65_HS1-834228961_62-HQ-83894_Section_7
Agency: FBI
Page 203
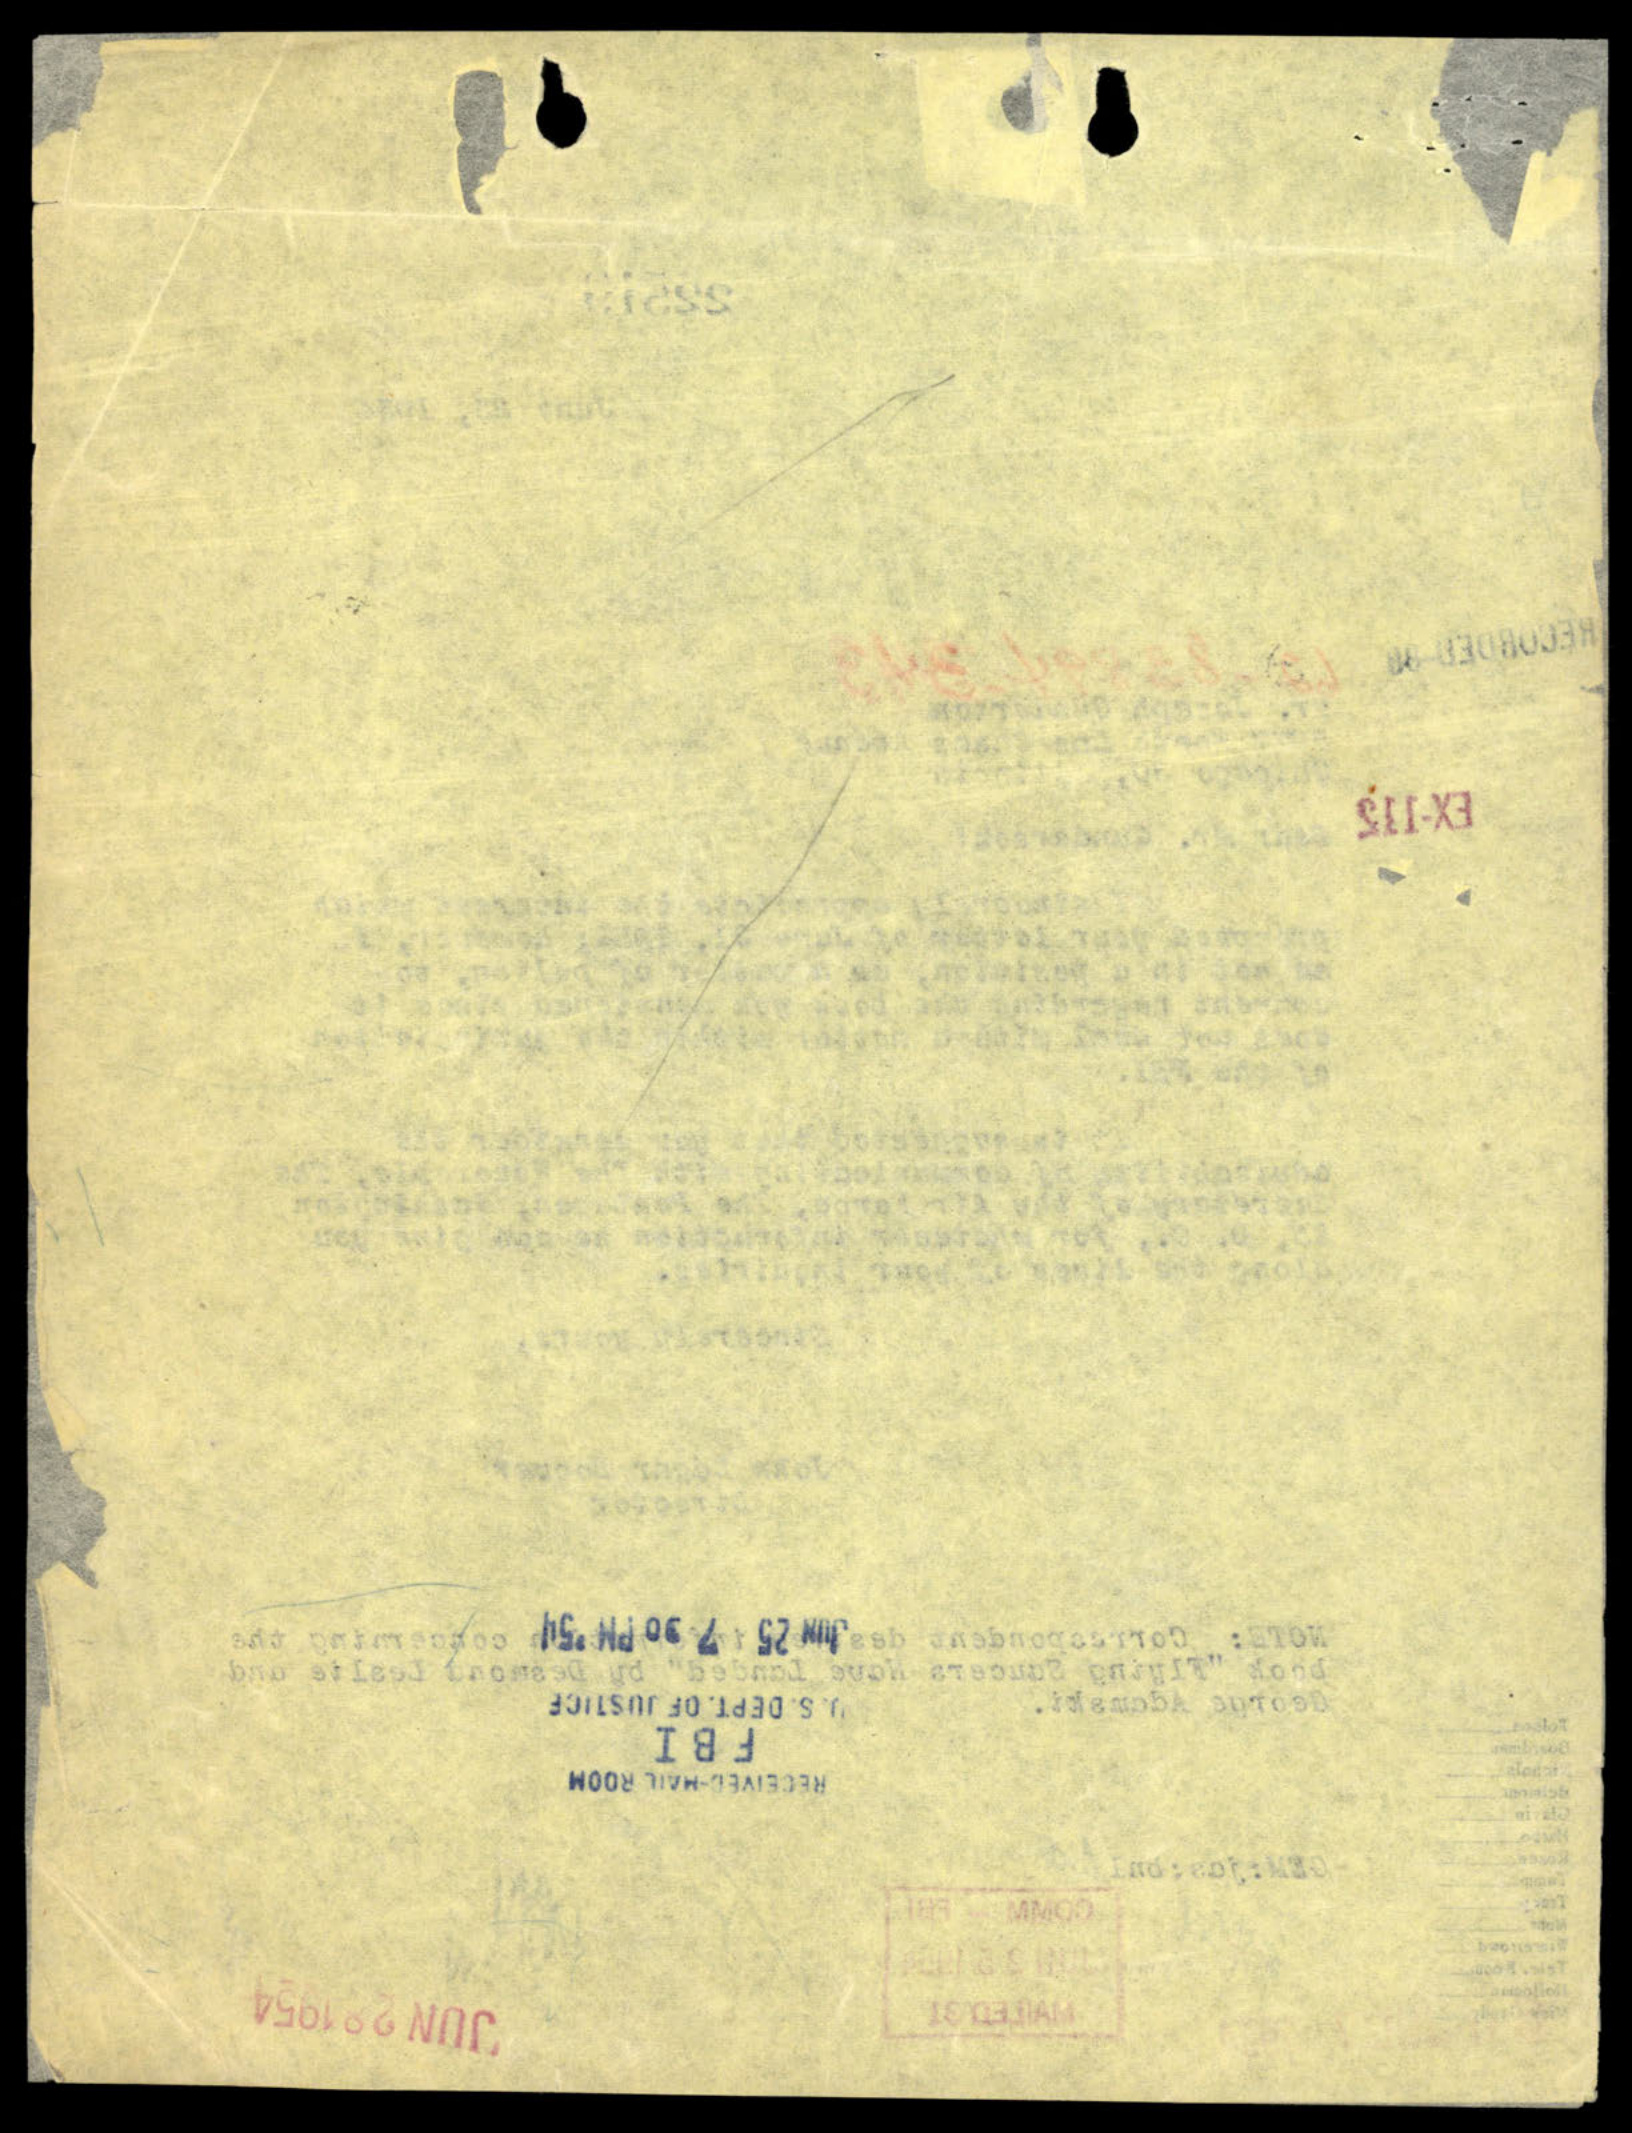